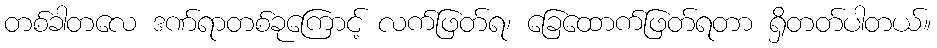
တစ်ခါတလေ ဒဏ်ရာတစ်ခုကြောင့် လက်ဖြတ်ရ၊ ခြေထောက်ဖြတ်ရတာ ရှိတတ်ပါတယ်။